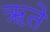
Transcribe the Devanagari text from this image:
ऋते